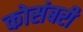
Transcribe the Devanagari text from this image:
कोसंबरी